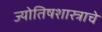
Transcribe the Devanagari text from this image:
ज्योतिषशास्त्राचे